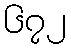
၆၇၂